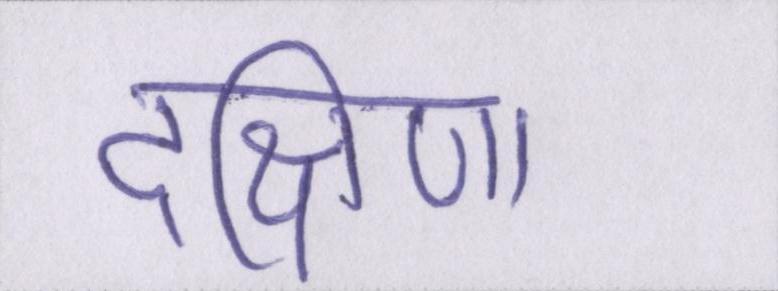
दक्षिणा